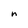
Character: n